Vaccination report Assam 1896-1927 - 1896-1927
Year: 1896
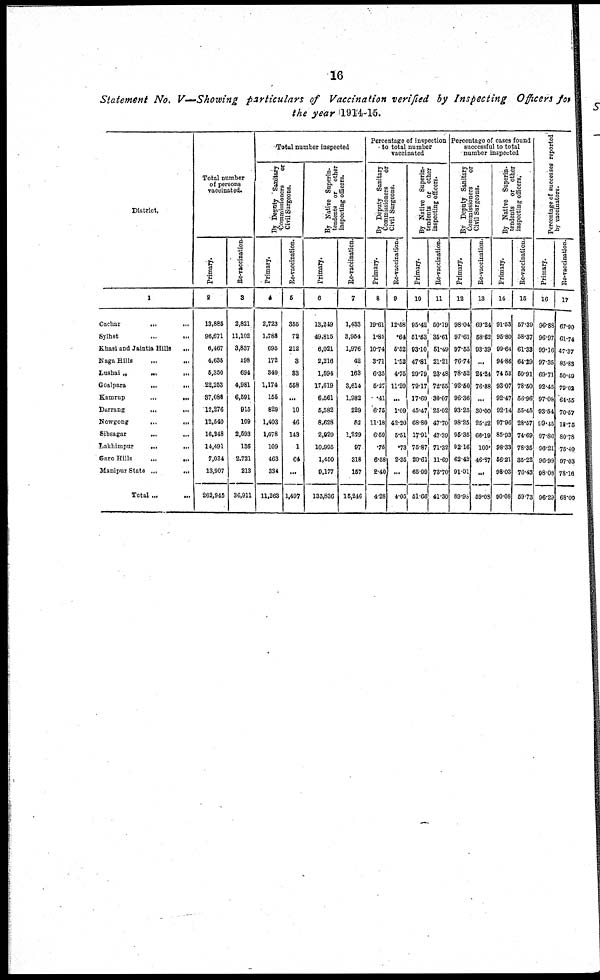
16
Statement No. V—Showing particulars of Vaccination verified by Inspecting Officers for
the year 1914-15.
District.
1
Cachar
...
...
Sylhet ... ...
Khasi and Jaintia Hills
...
Naga Hills
...
...
Lushai „
...
...
Goalpara
...
...
Kamrup
...
...
Durrang
...
...
Nowgong
...
...
Sibsagar
...
...
Lakhimpur
...
...
Garo Hills
...
...
Manipur State
...
...
Total ... ...
Total number
of persons
vaccinated.
Primary.
2
13,885
96,671
6,467
4,635
5,350
22,253
37,088
12,276
12,540
16,348
14,491
7,034
13,907
262,945
Re-vaccination.
3
2,821
11,102
3,837
198
694
4,981
6,591
915
109
2,593
136
2,721
213
36,911
Total number inspected
By Deputy Sanitary
Commissioners
or
Civil Surgeons.
Primary.
4
2,723
1,788
695
172
340
1,174
155
829
1,403
1,078
109
463
334
11,263
Re-vaccination.
5
355
72
212
3
33
558
...
10
46
143
1
64
...
1,497
By Native Superin-
tendents or other
inspecting officers.
Primary.
6
13,249
49,815
6,021
2,216
1,594
17,619
6,561
5,582
8,628
2,929
10,995
1,450
9,177
133,836
Re-vaccination.
7
1,433
3,954
1,976
42
163
3,614
1,982
229
52
1,229
97
318
157
15,246
Percentage of inspection
to total number
vaccinated
By Deputy Sanitary
Commissioners
or
Civil Surgeons.
Primary.
8
19.61
1.85
10.74
3.71
6.35
5.17
.41
6.75
11.18
6.59
.75
6.58
2.40
4.28
Re-vaccination.
9
12.58
.64
5.52
1.52
4.75
11.20
...
1.09
42.20
5.51
.73
2.35
...
4.05
By Native Superin-
tendents or other
inspecting officers.
Primary.
10
95.42
51.53
93.10
47.81
29.79
79.17
17.69
45.47
68.80
17.91
75.87
20.61
65.99
51.66
Re-vaccination.
11
50.79
35.61
51.49
21.21
23.48
72.55
30.07
25.02
47.70
47.39
71.32
11.69
73.70
41.30
Percentage of cases found
successful to total
number inspected
By Deputy Sanitary
Commissioners
or
Civil Surgeons.
Primary.
12
98.04
97.61
97.55
76.74
78.52
92.50
96.36
93.25
98.25
95.35
92.16
62.42
91.01
89.98
Re-vaccination.
13
69.24
58.62
93.39
...
24.24
76.88
...
30.00
25.42
66.19
100.
46.87
...
59.08
By Native Superin-
tendents or other
inspecting officers.
Primary.
14
91.53
95.80
99.64
94.86
74.53
93.07
92.47
92.14
97.96
85.93
98.33
56.21
98.03
90.08
Re-vaccination.
15
57.39
58.37
61.33
64.29
50.91
78.50
56.96
55.45
28.57
74.69
78.35
35.22
76.43
59.73
Percentage of successes reported
by vaccinators.
Primary.
16
96.88
96.97
99.16
97.35
69.71
92.45
97.08
93.54
99.45
97.86
96.21
96.99
98.08
96.29
Re-vaccination.
17
67.90
61.74
47.37
85.83
50.49
79.02
64.55
70.57
18.75
80.78
75.40
97.03
78.16
68.00